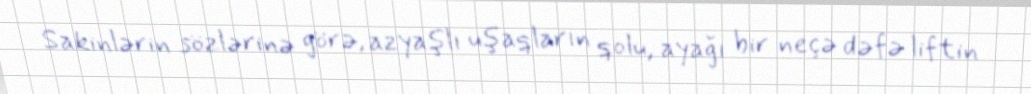
Sakinlərin sözlərinə görə, azyaşlı uşaqların qolu, ayağı bir neçə dəfə liftin